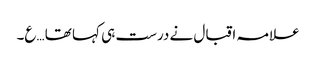
علامہ اقبال نے درست ہی کہا تھا …ع۔